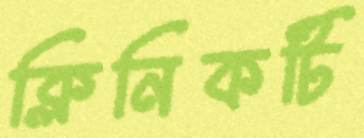
ক্লিনিকটি